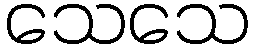
သေသေ